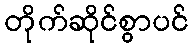
တိုက်ဆိုင်စွာပင်